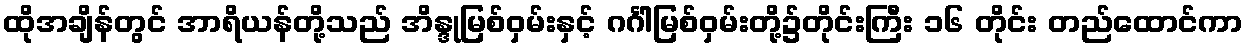
ထိုအချိန်တွင် အာရိယန်တို့သည် အိန္ဒုမြစ်ဝှမ်းနှင့် ဂင်္ဂါမြစ်ဝှမ်းတို့၌တိုင်းကြီး ၁၆ တိုင်း တည်ထောင်ကာ